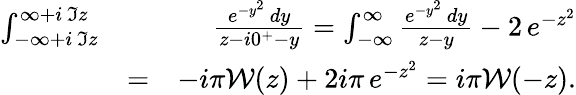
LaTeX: \begin{array}{rlr}{\int_{-\infty+i\, \Im z}^{\infty+i\, \Im z}}&{}&{\frac{e^{-y^{2}}\, dy}{z-i0^{+}-y}=\int_{-\infty}^{\infty}\frac{e^{-y^{2}}\, dy}{z-y}-2\, e^{-z^{2}}}\\ &{=}&{-i\pi\mathcal{W}(z)+2i\pi\, e^{-z^{2}}=i\pi\mathcal{W}(-z).}\end{array}